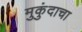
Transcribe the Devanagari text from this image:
मुकुंदाचा